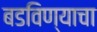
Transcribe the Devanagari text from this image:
बडविण्याचा